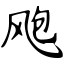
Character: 飑